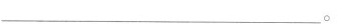
___。